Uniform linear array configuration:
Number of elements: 12
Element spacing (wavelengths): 0.25
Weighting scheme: hann
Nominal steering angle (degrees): -60
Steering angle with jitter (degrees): -59.341
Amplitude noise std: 0.05
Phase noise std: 0.05

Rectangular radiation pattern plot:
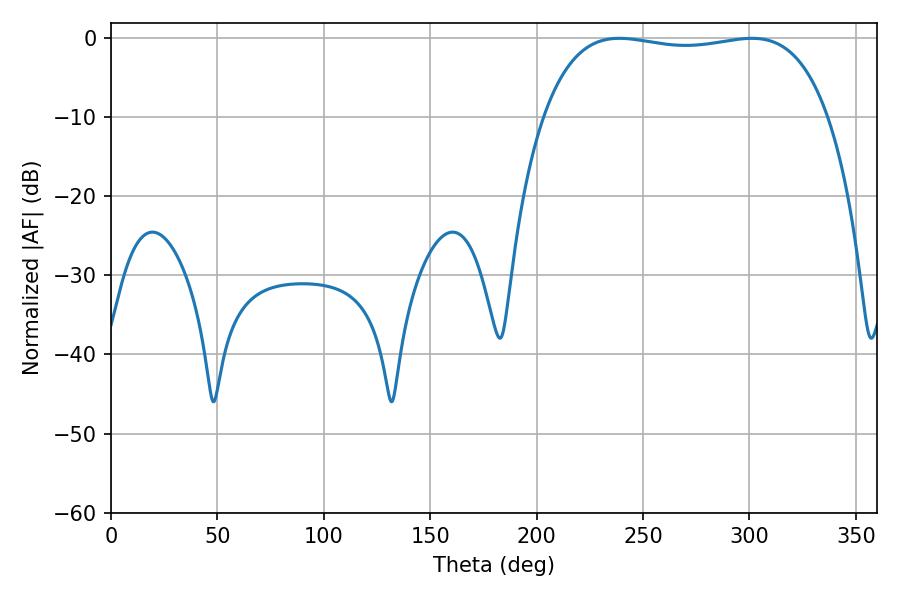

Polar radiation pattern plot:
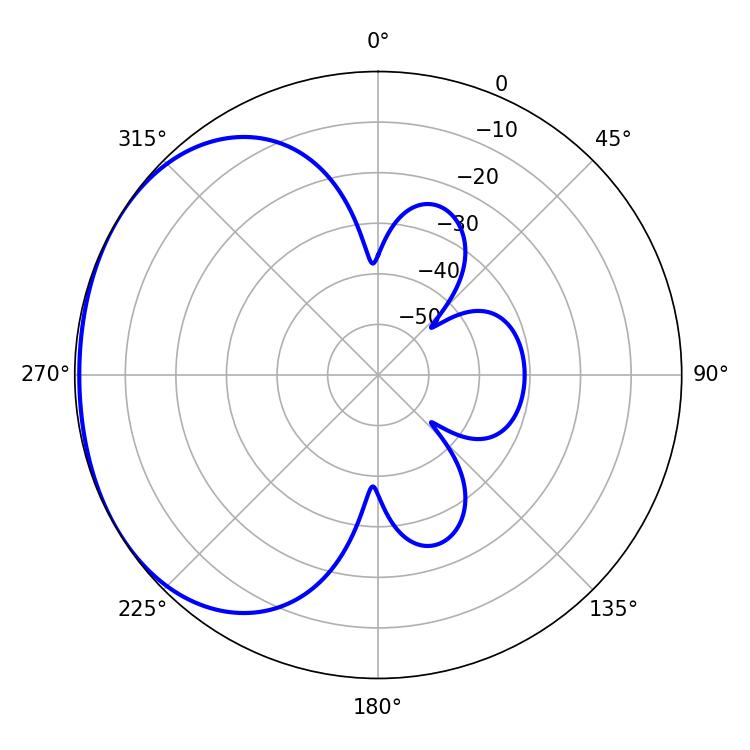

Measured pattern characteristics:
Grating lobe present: FALSE
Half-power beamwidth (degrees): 106.92
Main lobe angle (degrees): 301.14